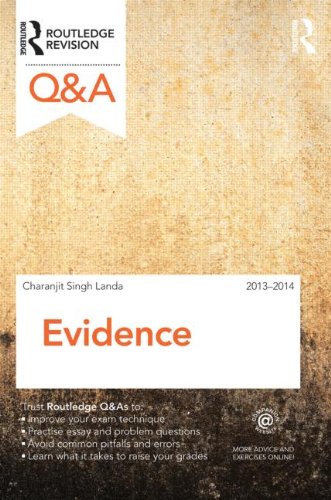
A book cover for Q&A Evidence 2013-2014 (Questions and Answers); Charanjit Singh; Law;